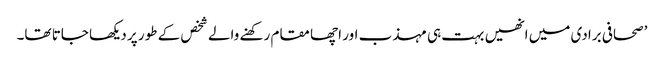
’صحافی برادی میں انھیں بہت ہی مہذب اور اچھا مقام رکھنے والے شخص کے طور پر دیکھا جاتا تھا۔